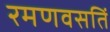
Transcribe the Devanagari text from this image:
रमणवसतिं